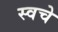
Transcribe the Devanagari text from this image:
स्वचे